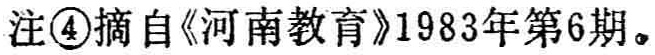
注\textcircled{4}摘自《河南教育》1983年第6期。